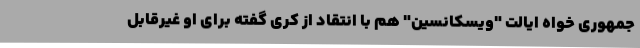
جمهوری خواه ایالت "ویسکانسین" هم با انتقاد از کری گفته برای او غیرقابل